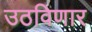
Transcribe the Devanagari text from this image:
उठविणार